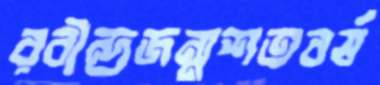
রবীন্দ্রজন্মশতবর্ষ